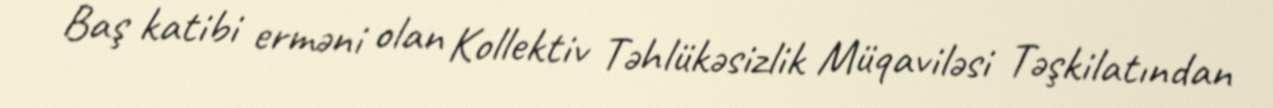
Baş katibi erməni olan Kollektiv Təhlükəsizlik Müqaviləsi Təşkilatından